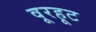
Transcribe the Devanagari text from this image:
वूरहूट